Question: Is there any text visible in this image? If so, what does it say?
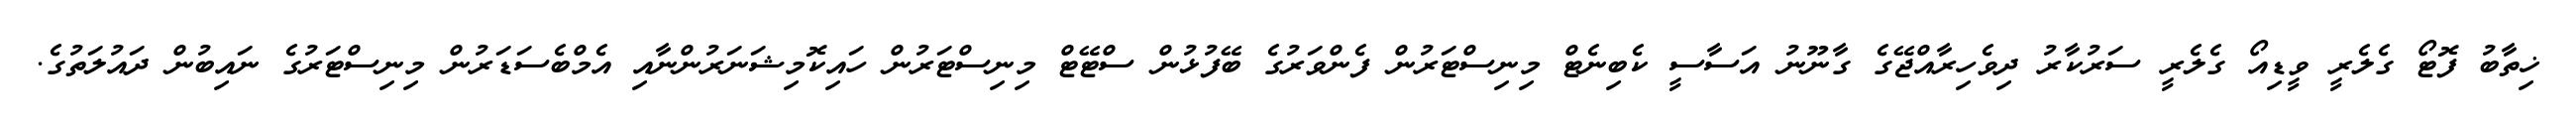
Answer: ޚިތާބު ފޮޓޯ ގެލެރީ ވީޑިއޯ ގެލެރީ ސަރުކާރު ދިވެހިރާއްޖޭގެ ގާނޫނު އަސާސީ ކެބިނެޓް މިނިސްޓަރުން ފެންވަރުގެ ބޭފުޅުން ސްޓޭޓް މިނިސްޓަރުން ހައިކޮމިޝަނަރުންނާއި އެމްބެސަޑަރުން މިނިސްޓަރުގެ ނައިބުން ދައުލަތުގެ.